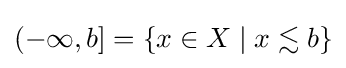
(-\infty ,b]=\{x\in X\mid x\lesssim b\}